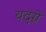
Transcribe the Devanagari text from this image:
यदग्रे